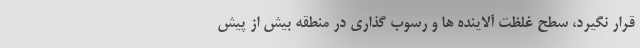
قرار نگیرد، سطح غلظت آلاینده ها و رسوب گذاری در منطقه بیش از پیش